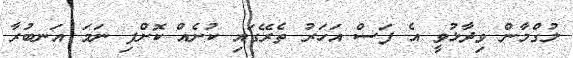
ލުގްމާން ވިދާޅުވީ އެ ފަސް އަހަރު ތެރޭގައި ކުށެއް ކޮށްފި ނަމަ އަނބުރާ